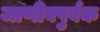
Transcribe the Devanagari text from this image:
जाणीवपुर्वक